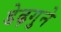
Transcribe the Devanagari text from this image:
डेढ़गुने